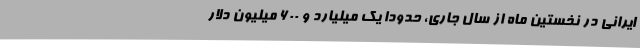
ایرانی در نخستین ماه از سال جاری، حدودا یک میلیارد و 600 میلیون دلار